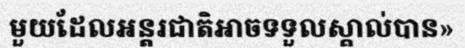
មួយដែលអន្តរជាតិអាចទទួលស្គាល់បាន»